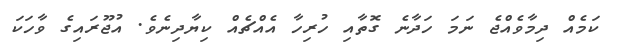
ކަމެއް ދިމާވެއްޖެ ނަމަ ހަދާނެ ގޮތާއި ހުރިހާ އެއްޗެއް ކިޔާދިނެވެ. އުޖޫރައިގެ ވާހަކަ